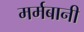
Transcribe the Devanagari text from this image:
मर्मबानी